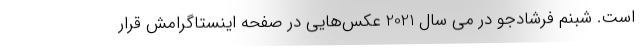
است. شبنم فرشادجو در می سال 2021 عکس‌هایی در صفحه اینستاگرامش قرار